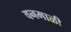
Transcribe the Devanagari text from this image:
वनमाळी